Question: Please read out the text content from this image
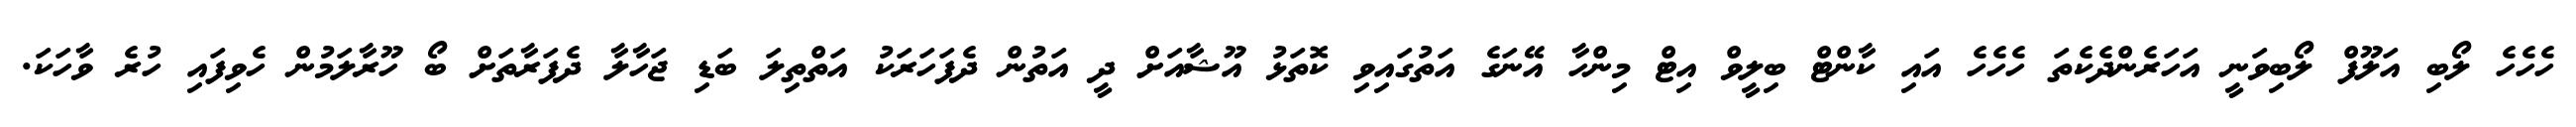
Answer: ހެހެހެ ލޯބި އަލޫފް ލޯބިވަނީ އަހަރެންދެކެތަ ހެހެހެ އައި ކާންޓް ބިލީވް އިޓް މިންހާ އޭނަގެ އަތުގައިވި ކޮތަޅު އޫޝާއަށް ދީ އަތުން ދެފަހަރަކު އަތްތިލަ ބަޑި ޖަހާލާ ދެފަރާތަށް ބޯ ހޫރާލަމުން ހެވިފައި ހުރެ ވާހަކަ.